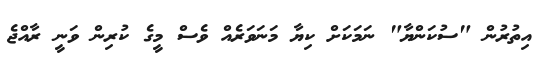
އިތުރުން "ސުކަންޔާ" ނަމަކަށް ކިޔާ މަނަވަރެއް ވެސް މީގެ ކުރިން ވަނީ ރާއްޖެ